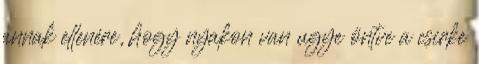
annak ellenére, hogy nyakon van ugye öntve a csirke